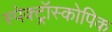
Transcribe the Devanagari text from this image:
स्पेक्ट्रॉस्कोपिक